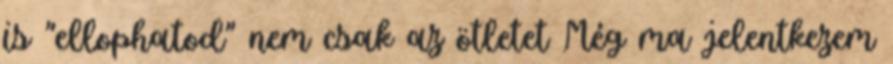
is "ellophatod" nem csak az ötletet Még ma jelentkezem